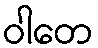
ဝါတေ